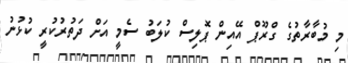
މި މުބާރާތުގެ ގްރޫޕް އޭއިން ޕޮލިސް ކުލަބު ސެމީ އަށް ދަތުރުކުރީ ކުޅުނު